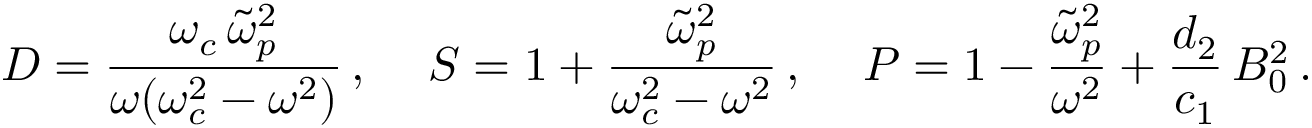
{ \cal D } = \frac { \omega _ { c } \, \widetilde { \omega } _ { p } ^ { 2 } } { \omega ( \omega _ { c } ^ { 2 } - \omega ^ { 2 } ) } \, , \, \quad { \cal S } = 1 + \frac { \widetilde { \omega } _ { p } ^ { 2 } } { \omega _ { c } ^ { 2 } - \omega ^ { 2 } } \, , \, \quad { \cal P } = 1 - \frac { \widetilde { \omega } _ { p } ^ { 2 } } { \omega ^ { 2 } } + \frac { d _ { 2 } } { c _ { 1 } } \, B _ { 0 } ^ { 2 } \, .